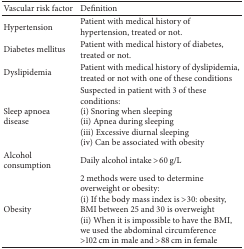
| Vascular risk factor | Definition |
 | --- | --- |
 | Hypertension | Patient with medical history of hypertension, treated or not. |
 | Diabetes mellitus | Patient with medical history of diabetes, treated or not. |
 | Dyslipidemia | Patient with medical history of dyslipidemia, treated or not with one of these conditions |
 | Sleep apnoea disease | Suspected in patient with 3 of these conditions: (i) Snoring when sleeping (ii) Apnea during sleeping (iii) Excessive diurnal sleeping (iv) Can be associated with obesity |
 | Alcohol consumption | Daily alcohol intake >60 g/L |
 | Obesity | 2 methods were used to determine overweight or obesity: (i) If the body mass index is >30: obesity, BMI between 25 and 30 is overweight (ii) When it is impossible to have the BMI, we used the abdominal circumference >102 cm in male and >88 cm in female |